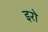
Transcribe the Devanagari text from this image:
इरो